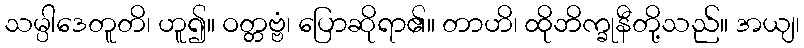
သမ္ပါဒေတူတိ၊ ဟူ၍။ ဝတ္တဗ္ဗံ၊ ပြောဆိုရာ၏။ တာဟိ၊ ထိုဘိက္ခုနီတို့သည်။ အယျ၊